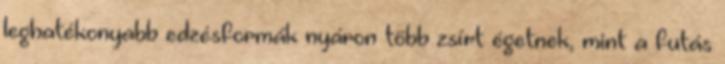
leghatékonyabb edzésformák nyáron több zsírt égetnek, mint a futás